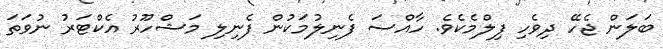
ބަލަން ޖެހޭ ދިވެހި ފިލްމެކެވެ. ހާއްސަ ފެނިލުމަކުން ފެނިލި މަޝްހޫރު އެކްޓަރު ނުވަތަ